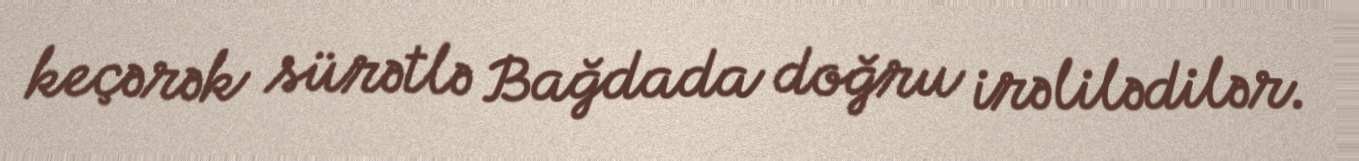
keçərək sürətlə Bağdada doğru irəlilədilər.